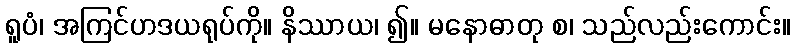
ရူပံ၊ အကြင်ဟဒယရုပ်ကို။ နိဿာယ၊ ၍။ မနောဓာတု စ၊ သည်လည်းကောင်း။